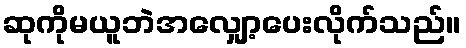
ဆုကိုမယူဘဲအလျှော့ပေးလိုက်သည်။